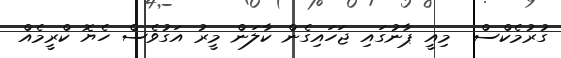
ގުރުމެކްސް  މިއީ ޕާނުގައި ޖަހައިގެން ކާލަން މީރު އަގުވެސް ހެޔޮ ކްރީމެއް